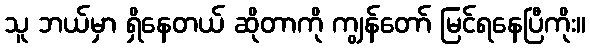
သူ ဘယ်မှာ ရှိနေတယ် ဆိုတာကို ကျွန်တော် မြင်ရနေပြီကိုး။